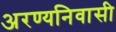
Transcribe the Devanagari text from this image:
अरण्यनिवासी